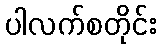
ပါလက်စတိုင်း